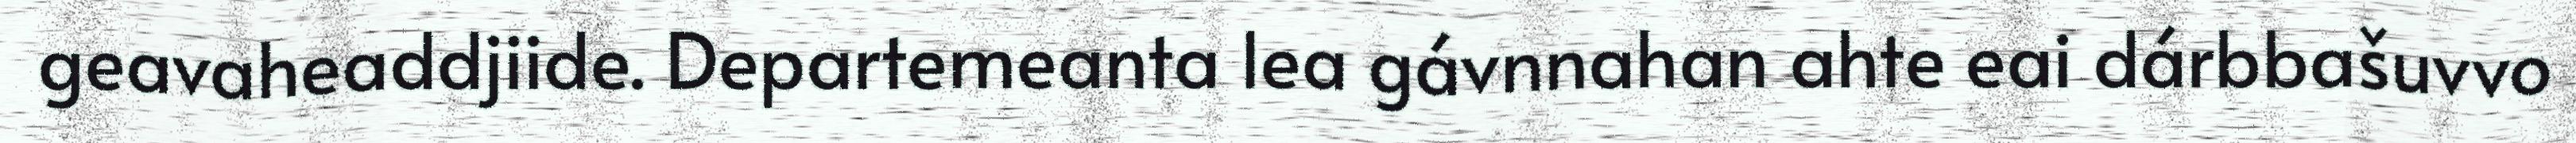
geavaheaddjiide. Departemeanta lea gávnnahan ahte eai dárbbašuvvo